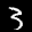
Label: 3